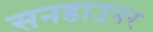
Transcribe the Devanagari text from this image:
सनडाउनर